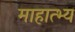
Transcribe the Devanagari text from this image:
माहात्भ्य